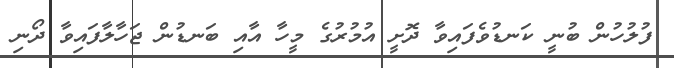
ފުލުހުން ބުނީ ކަނޑުވެފައިވާ ދޮށީ އުމުރުގެ މީހާ އާއި ބަނޑުން ޖަހާލާފައިވާ ދޯނި